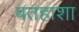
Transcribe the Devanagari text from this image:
बतहाशा